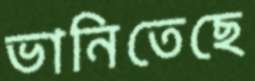
ভানিতেছে